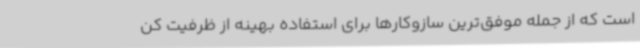
است که از جمله موفق‌ترین سازوکارها برای استفاده بهینه از ظرفیت کن